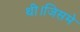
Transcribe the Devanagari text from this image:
थी।जिसमे